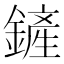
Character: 鏟